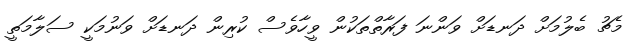
މެޗު ބެލުމަށް ދަނޑަށް ވަންނަ ފަރާތްތަކުން ވީހާވެސް ކުރިން ދަނޑަށް ވަނުމަކީ ސަލާމަތީ